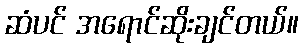
ဆံပင် အရောင်ဆိုးချင်တယ်။